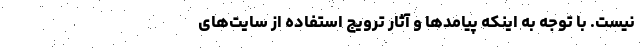
نیست. با توجه به اینکه پیامدها و‌ آثار ترویج استفاده از سایت‌های